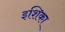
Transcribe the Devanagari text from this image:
इशिका